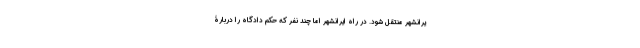
یرانشهر منتقل شود. در راه ایرانشهر اما چند نفر که حکم دادگاه را دربارۀ